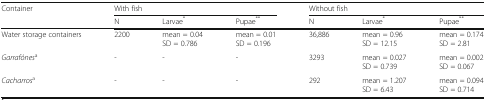
| <ROWSPAN=2> Container | <COLSPAN=3> With fish | <COLSPAN=3> Without fish |
 | N | Larvae* | Pupae** | N | Larvae* | Pupae** |
 | --- | --- | --- | --- | --- | --- | --- |
 | Water storage containers | 2200 | mean = 0.04SD = 0.786 | mean = 0.01SD = 0.196 | 36,886 | mean = 0.96SD = 12.15 | mean = 0.174SD = 2.81 |
 | Garrafónesa | - | - | - | 3293 | mean = 0.027SD = 0.739 | mean = 0.002SD = 0.067 |
 | Cacharrosa | - | - | - | 292 | mean = 1.207SD = 6.43 | mean = 0.094SD = 0.714 |